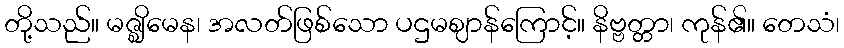
တို့သည်။ မဇ္ဈိမေန၊ အလတ်ဖြစ်သော ပဌမဈာန်ကြောင့်။ နိဗ္ဗတ္တာ၊ ကုန်၏။ တေသံ၊